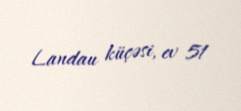
Landau küçəsi, ev 51